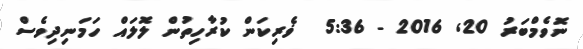
ނޮވެމްބަރު 20